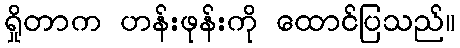
ရှိုတာက ဟန်းဖုန်းကို ထောင်ပြသည်။